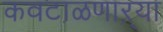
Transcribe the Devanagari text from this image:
कवटाळणाऱ्या